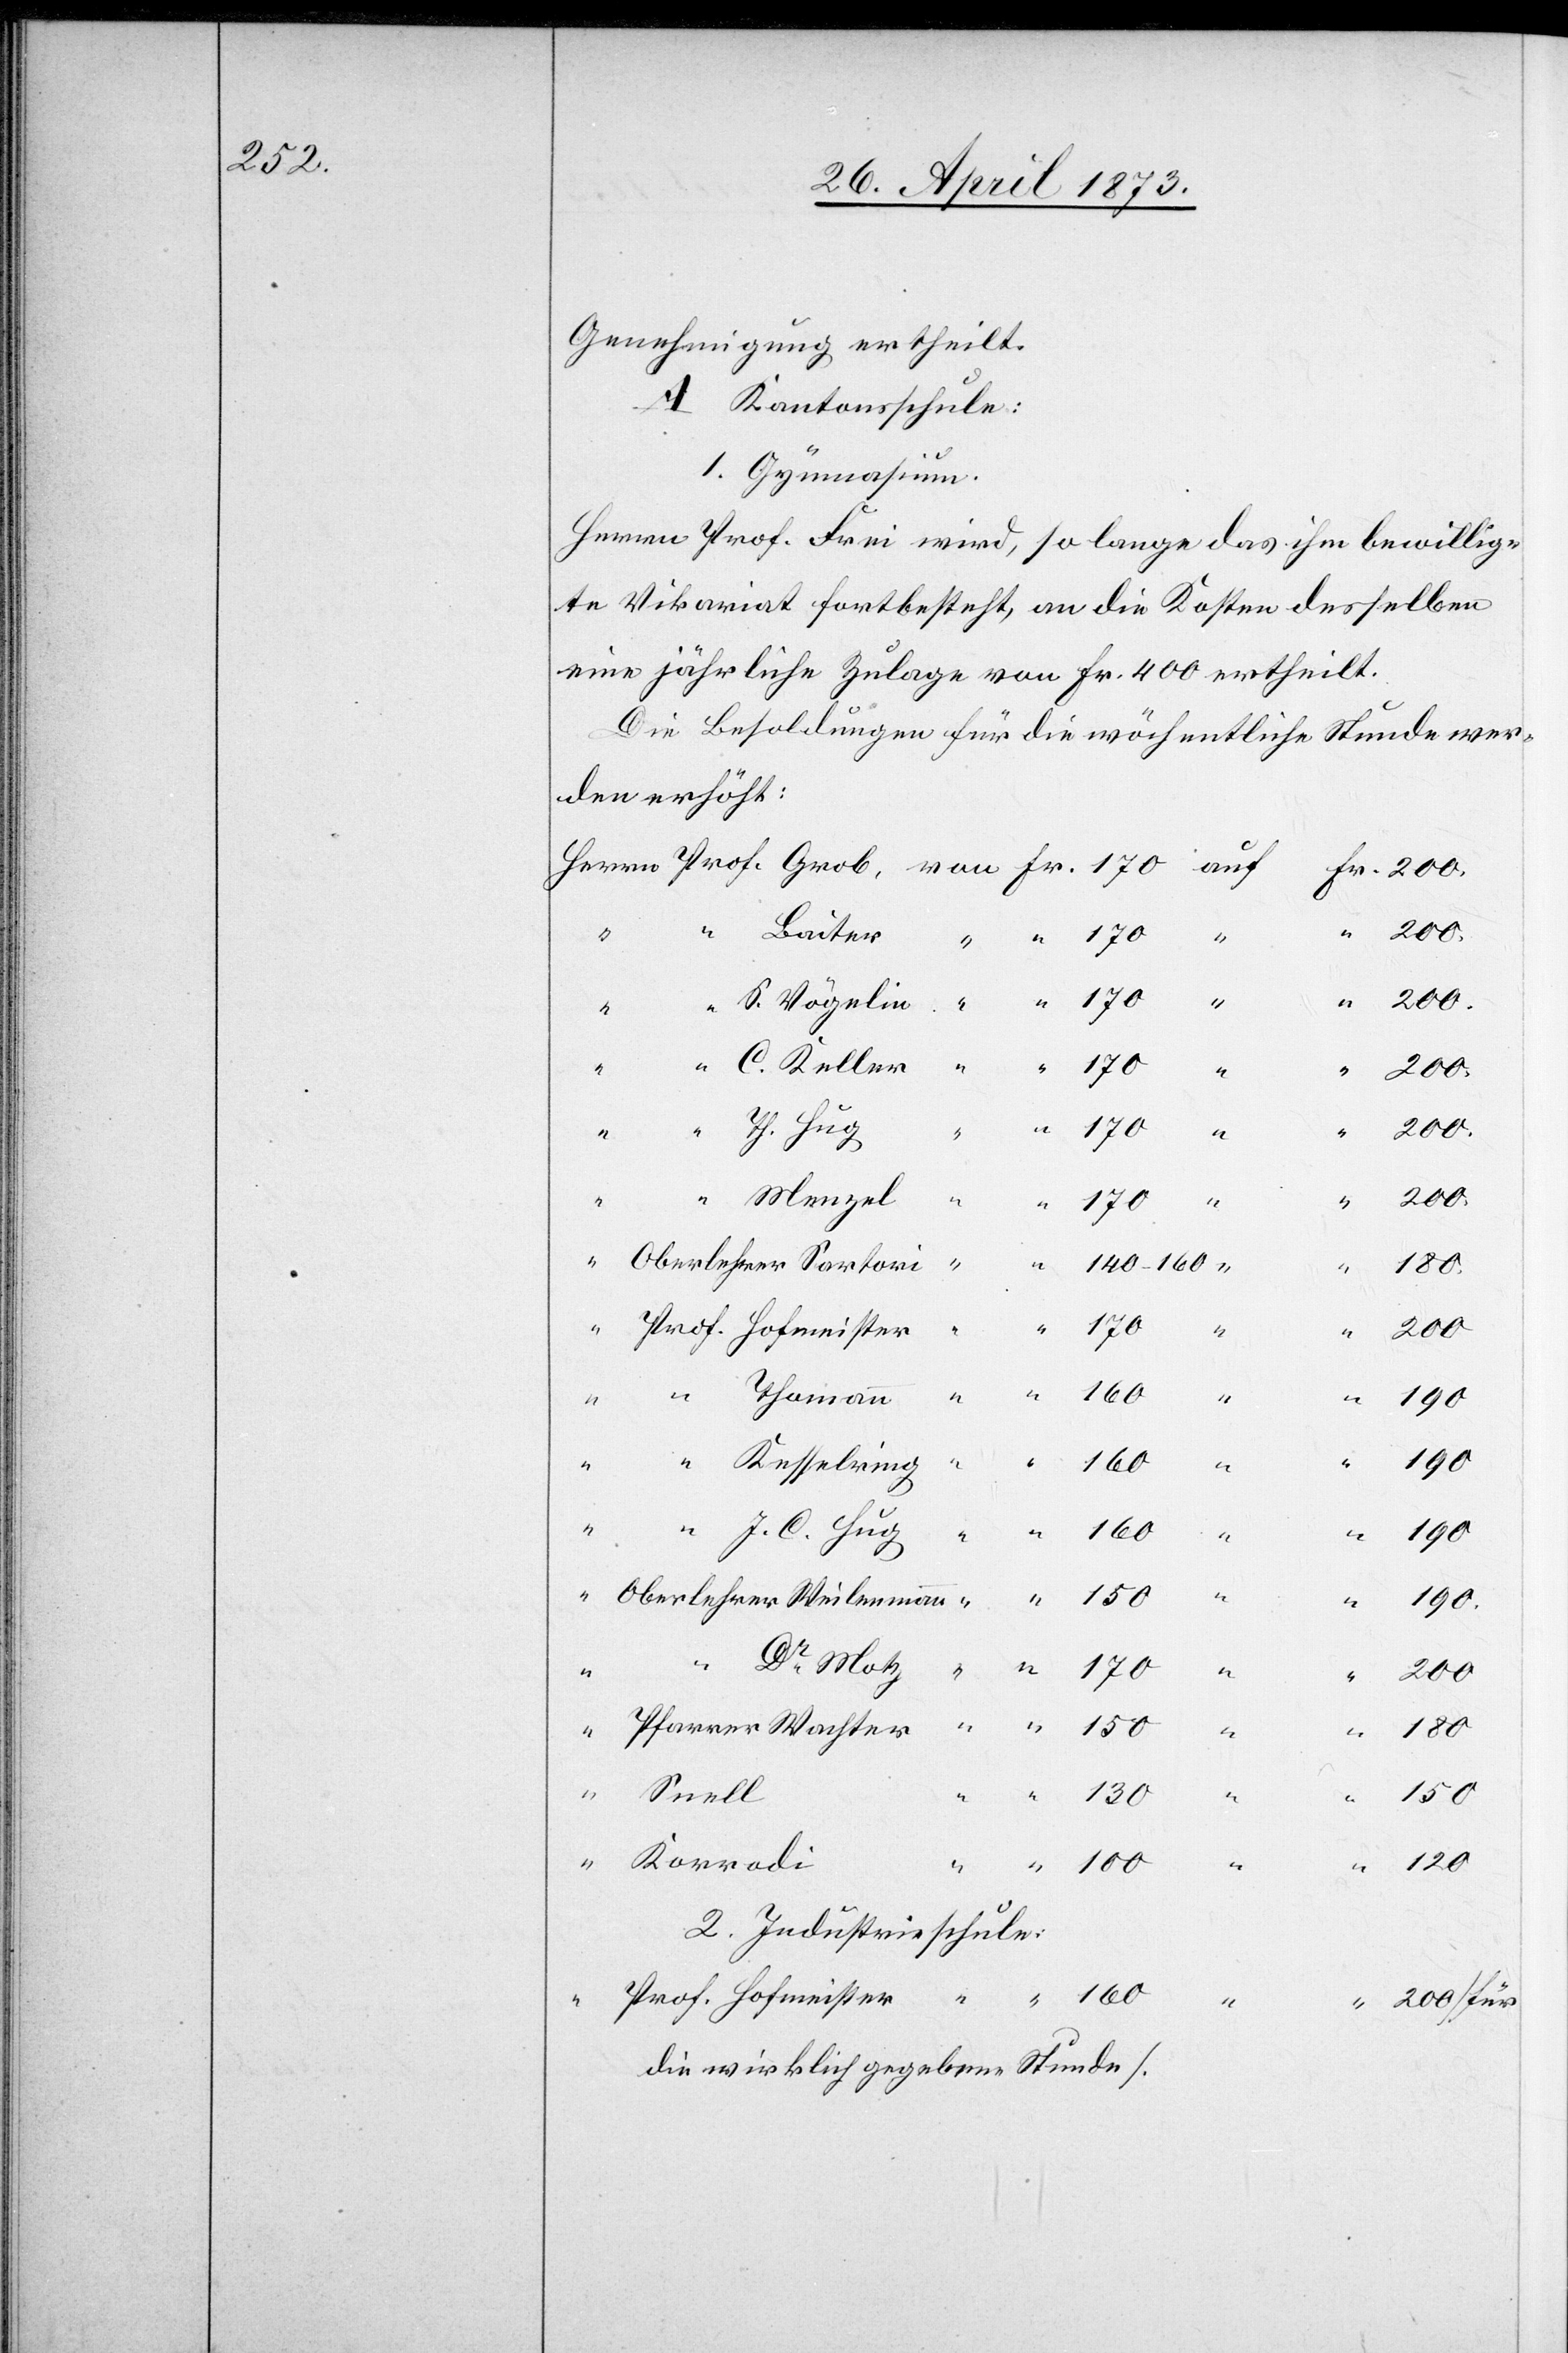
Genehmigung ertheilt.
A Kantonsschule:
1. Gymnasium.
Herrn Prof. Frei wird, so lange das ihm bewillig¬
te Vikariat fortbesteht, an die Kosten desselben
eine jährliche Zulage von Fr. 400 ertheilt.
Die Besoldungen für die wöchentliche Stunde wer¬
den erhöht:
Hofmeister
200
100
190.
C.
Snell
Korrodi
“
160
2. Industrieschule
200 [für
die wirklich gegebene Stunde].